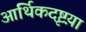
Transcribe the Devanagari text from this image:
आर्थिकदृष्टय़ा